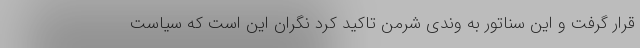
قرار گرفت و این سناتور به وندی شرمن تاکید کرد نگران این است که سیاست